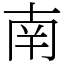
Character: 南